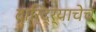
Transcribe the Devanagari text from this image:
दारिद्र्याचेच